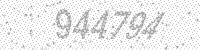
Solution: 944794